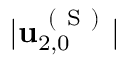
\vert \mathbf { u } _ { 2 , 0 } ^ { \mathrm { ~ ( ~ S ~ ) ~ } } \vert